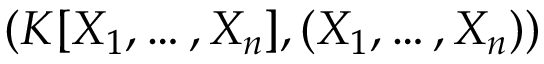
( K [ X _ { 1 } , \dots , X _ { n } ] , ( X _ { 1 } , \dots , X _ { n } ) )